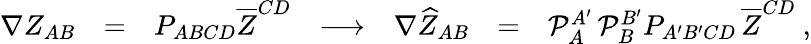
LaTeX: \begin{array}{ccccccc}{{\nabla Z_{AB}}}&{{=}}&{{P_{ABCD}\overline{{{Z}}}^{CD}}}&{{\longrightarrow}}&{{\nabla\widehat{Z}_{AB}}}&{{=}}&{{{\cal P}_{A}^{A^{\prime}}\, {\cal P}_{B}^{B^{\prime}}P_{A^{\prime}B^{\prime}CD}\, \overline{{{Z}}}^{CD}\ ,}}\end{array}